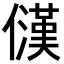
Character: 𪝳